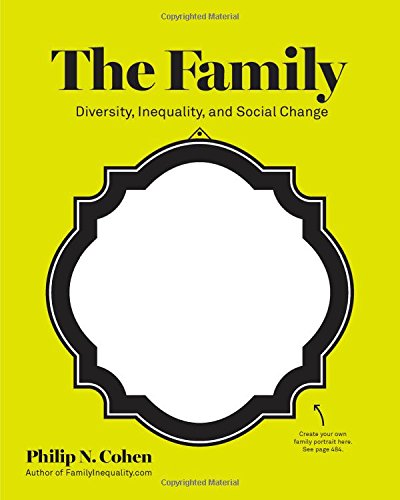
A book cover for The Family: Diversity, Inequality, and Social Change; Philip N. Cohen; Politics & Social Sciences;